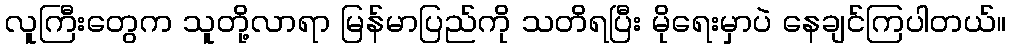
လူကြီးတွေက သူတို့လာရာ မြန်မာပြည်ကို သတိရပြီး မိုရေးမှာပဲ နေချင်ကြပါတယ်။